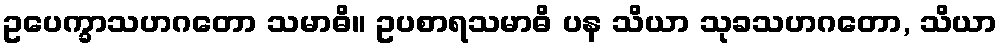
ဥပေက္ခာသဟဂတော သမာဓိ။ ဥပစာရသမာဓိ ပန သိယာ သုခသဟဂတော, သိယာ